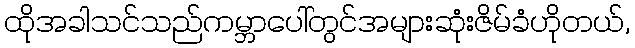
ထိုအခါသင်သည်ကမ္ဘာပေါ်တွင်အများဆုံးဇိမ်ခံဟိုတယ်,